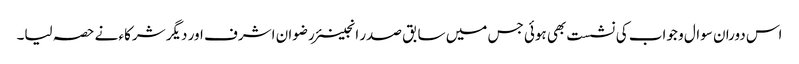
اس دوران سوال و جواب کی نشست بھی ہوئی جس میں سابق صدر انجینئر رضوان اشرف اور دیگر شرکاء نے حصہ لیا۔